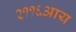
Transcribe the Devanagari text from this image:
२११६आय